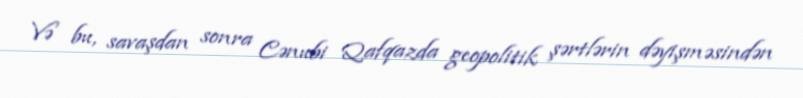
Və bu, savaşdan sonra Cənubi Qafqazda geopolitik şərtlərin dəyişməsindən